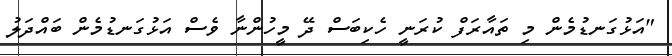
"އަޅުގަނޑުމެން މި ތައާރަފް ކުރަނީ ހެކިބަސް ދޭ މީހުންނާ ވެސް އަޅުގަނޑުމެން ބައްދަލު